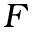
F